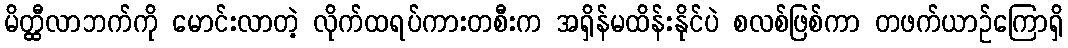
မိတ္ထီလာဘက်ကို မောင်းလာတဲ့ လိုက်ထရပ်ကားတစီးက အရှိန်မထိန်းနိုင်ပဲ စလစ်ဖြစ်ကာ တဖက်ယာဉ်ကြောရှိ